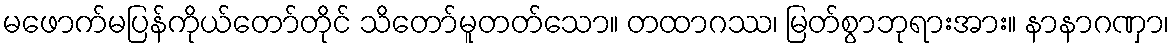
မဖောက်မပြန်ကိုယ်တော်တိုင် သိတော်မူတတ်သော။ တထာဂဿ၊ မြတ်စွာဘုရားအား။ နာနာဂဏှာ၊